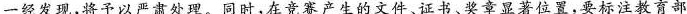
一经发现，将予以严肃处理。同时，在竞赛产生的文件、证书、奖章显著位置，要标注教育部